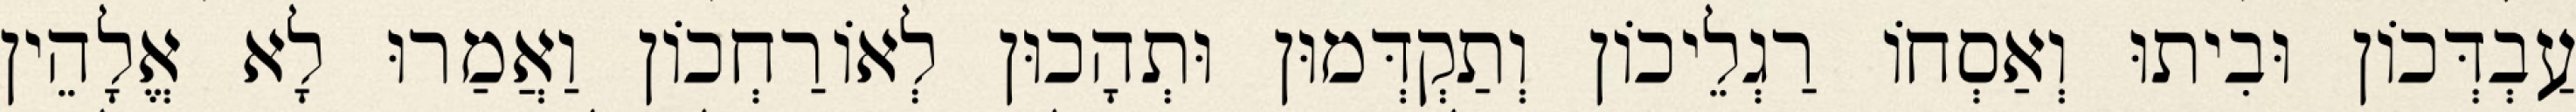
עַבְדְּכוֹן וּבִיתוּ וְאַסְחוֹ רַגְלֵיכוֹן וְתַקְדְּמוּן וּתְהָכוּן לְאוֹרַחְכוֹן וַאֲמַרוּ לָא אֱלָהֵין